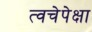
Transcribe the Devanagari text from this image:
त्वचेपेक्षा